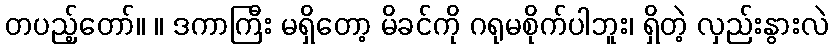
တပည့်တော်။ ။ ဒကာကြီး မရှိတော့ မိခင်ကို ဂရုမစိုက်ပါဘူး၊ ရှိတဲ့ လှည်းနွားလဲ